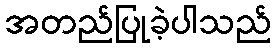
အတည်ပြုခဲ့ပါသည်